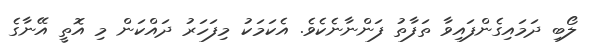
ލޯބި ދަމައިގެންފައިވާ ތަފާތު ފަންނާނެކެވެ. އެކަމަކު މިފަހަރު ދައްކަން މި އޮތީ އޭނާގެ